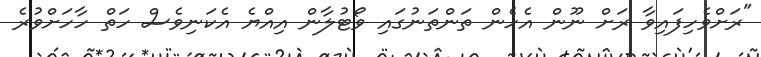
"ރަށްވެހިފައިވާ ރަށް ނޫން އެހެން ތަންތަނުގައި ވޯޓުލާން އިއްޔެ އެކަނިވެސް ހަތް ހާހަށްވުރެ